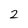
Character: 2